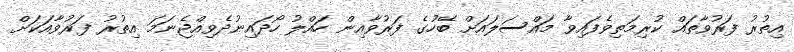
އިތުރު ފަރުވާތައް ކުރިމަތިވެފައިވާ މައްސަލައަށް ބޭހުގެ ފަރުވާއިން ހައްލު ހޯދައިނުދެވިއްޖެނަމަ އިތުރު ފަރުވާއަކަށް